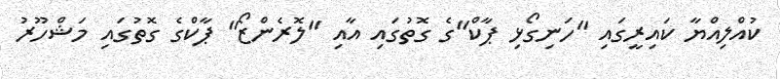
ކުއްލިއްޔާ ކައިރީގައި "ހަނިގޯޅި ޕާކް"ގެ ގޮތުގައި އާއި "ލޮރެންޒޯ" ޕާކްގެ ގޮތުގައި މަޝްހޫރު